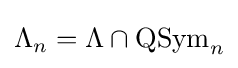
\Lambda _{n}=\Lambda \cap \operatorname {QSym} _{n}